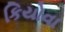
કિયોવા